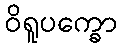
ဝိရူပက္ခော